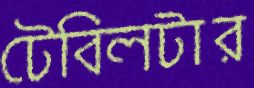
টেবিলটার